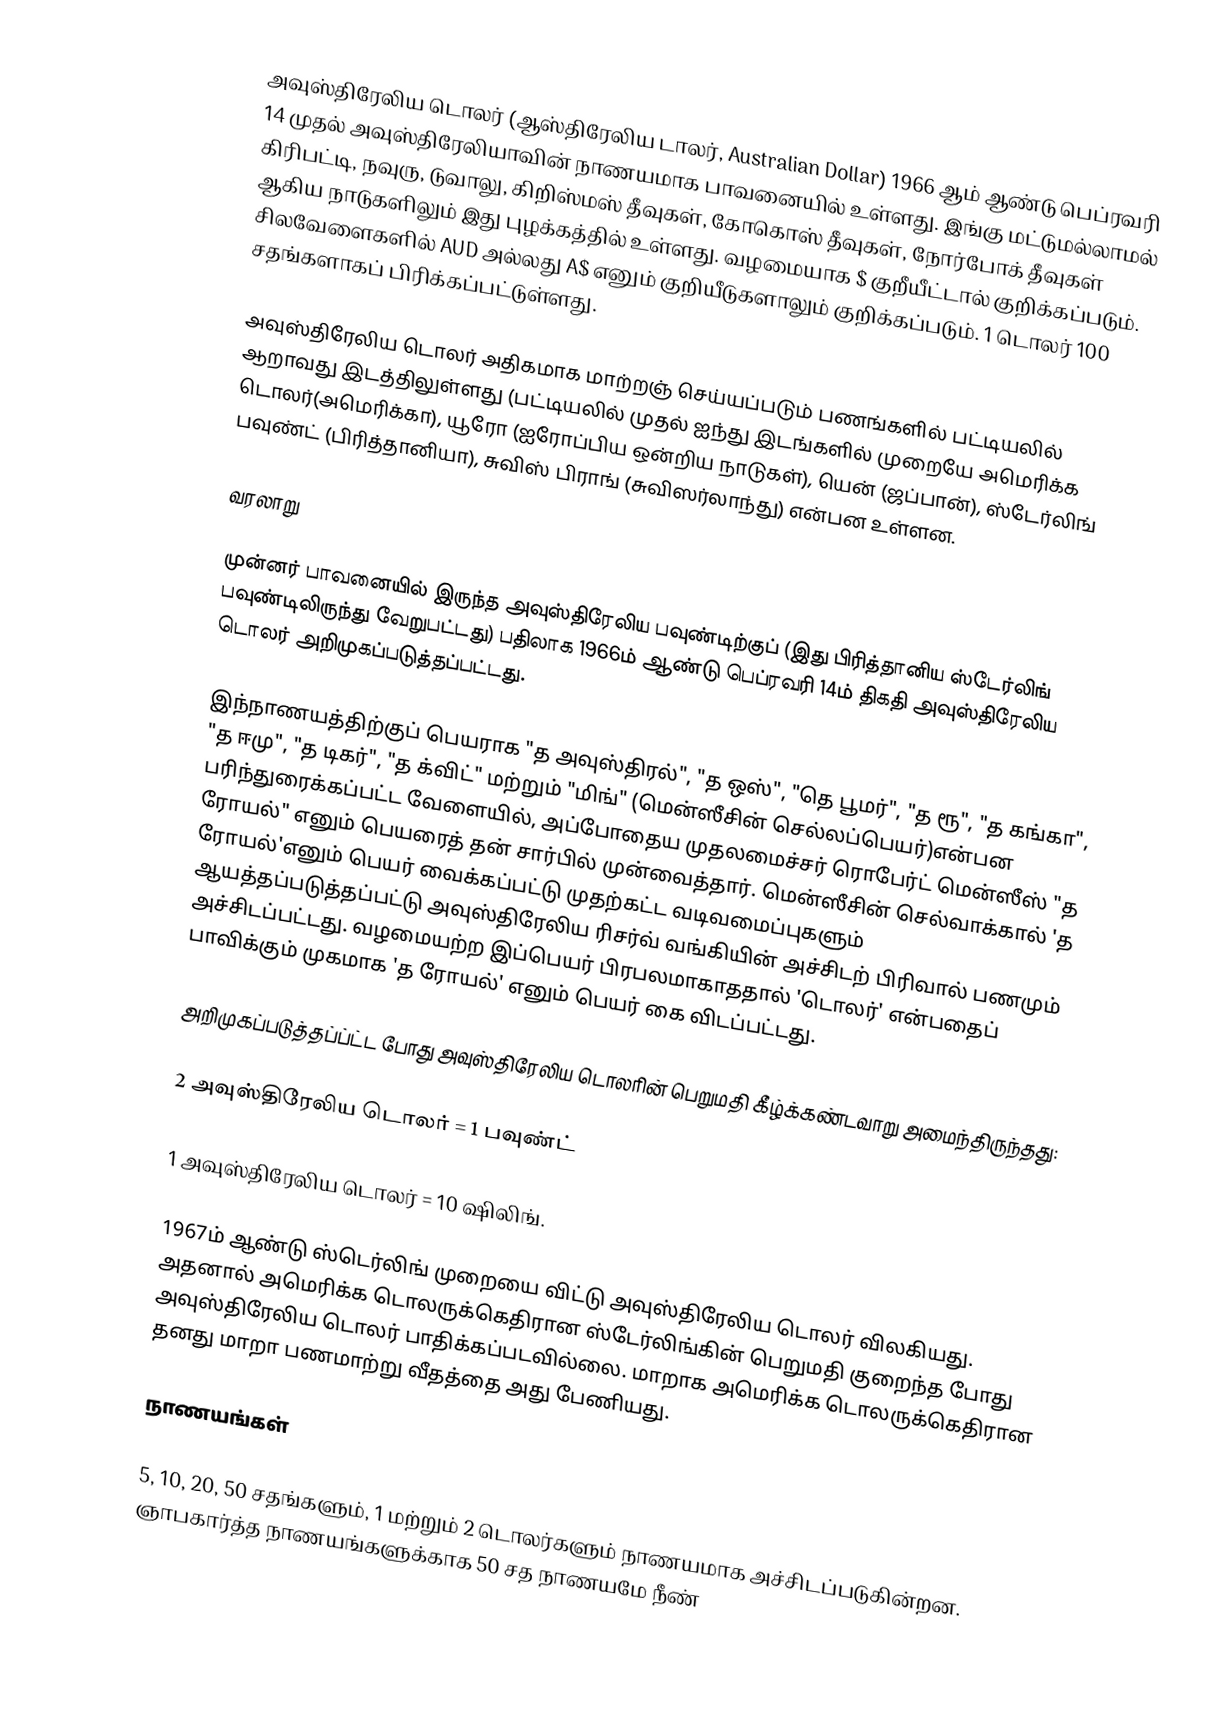
அவுஸ்திரேலிய டொலர் (ஆஸ்திரேலிய டாலர், Australian Dollar) 1966 ஆம் ஆண்டு பெப்ரவரி 14 முதல் அவுஸ்திரேலியாவின் நாணயமாக பாவனையில் உள்ளது. இங்கு மட்டுமல்லாமல் கிரிபட்டி, நவுரு, டுவாலு, கிறிஸ்மஸ் தீவுகள், கோகொஸ் தீவுகள், நோர்போக் தீவுகள் ஆகிய நாடுகளிலும் இது புழக்கத்தில் உள்ளது. வழமையாக $ குறீயீட்டால் குறிக்கப்படும். சிலவேளைகளில் AUD அல்லது A$ எனும் குறியீடுகளாலும் குறிக்கப்படும். 1 டொலர் 100 சதங்களாகப் பிரிக்கப்பட்டுள்ளது.

அவுஸ்திரேலிய டொலர் அதிகமாக மாற்றஞ் செய்யப்படும் பணங்களில் பட்டியலில் ஆறாவது இடத்திலுள்ளது (பட்டியலில் முதல் ஐந்து இடங்களில் முறையே அமெரிக்க டொலர்(அமெரிக்கா), யூரோ (ஐரோப்பிய ஒன்றிய நாடுகள்), யென் (ஜப்பான்), ஸ்டேர்லிங் பவுண்ட் (பிரித்தானியா), சுவிஸ் பிராங் (சுவிஸர்லாந்து) என்பன உள்ளன.

வரலாறு

முன்னர் பாவனையில் இருந்த அவுஸ்திரேலிய பவுண்டிற்குப் (இது பிரித்தானிய ஸ்டேர்லிங் பவுண்டிலிருந்து வேறுபட்டது) பதிலாக 1966ம் ஆண்டு பெப்ரவரி 14ம் திகதி அவுஸ்திரேலிய டொலர் அறிமுகப்படுத்தப்பட்டது.

இந்நாணயத்திற்குப் பெயராக "த அவுஸ்திரல்", "த ஒஸ்", "தெ பூமர்", "த ரூ", "த கங்கா", "த ஈமு", "த டிகர்", "த க்விட்" மற்றும் "மிங்" (மென்ஸீசின் செல்லப்பெயர்)என்பன பரிந்துரைக்கப்பட்ட வேளையில், அப்போதைய முதலமைச்சர் ரொபேர்ட் மென்ஸீஸ் "த ரோயல்" எனும் பெயரைத் தன் சார்பில் முன்வைத்தார். மென்ஸீசின் செல்வாக்கால் 'த ரோயல்'எனும் பெயர் வைக்கப்பட்டு முதற்கட்ட வடிவமைப்புகளும் ஆயத்தப்படுத்தப்பட்டு அவுஸ்திரேலிய ரிசர்வ் வங்கியின் அச்சிடற் பிரிவால் பணமும் அச்சிடப்பட்டது. வழமையற்ற இப்பெயர் பிரபலமாகாததால் 'டொலர்' என்பதைப் பாவிக்கும் முகமாக 'த ரோயல்' எனும் பெயர் கை விடப்பட்டது.

அறிமுகப்படுத்தப்ப்ட்ட போது அவுஸ்திரேலிய டொலரின் பெறுமதி கீழ்க்கண்டவாறு அமைந்திருந்தது:

2 அவுஸ்திரேலிய டொலர் = 1 பவுண்ட்

1 அவுஸ்திரேலிய டொலர் = 10 ஷிலிங்.

1967ம் ஆண்டு ஸ்டெர்லிங் முறையை விட்டு அவுஸ்திரேலிய டொலர் விலகியது. அதனால் அமெரிக்க டொலருக்கெதிரான ஸ்டேர்லிங்கின் பெறுமதி குறைந்த போது அவுஸ்திரேலிய டொலர் பாதிக்கப்படவில்லை. மாறாக அமெரிக்க டொலருக்கெதிரான தனது மாறா பணமாற்று வீதத்தை அது பேணியது.

நாணயங்கள்

5, 10, 20, 50 சதங்களும், 1 மற்றும் 2 டொலர்களும் நாணயமாக அச்சிடப்படுகின்றன. ஞாபகார்த்த நாணயங்களுக்காக 50 சத நாணயமே நீண்